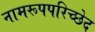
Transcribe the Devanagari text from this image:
नामरूपपरिच्छेद